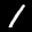
Label: 1